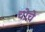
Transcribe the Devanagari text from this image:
चोचे